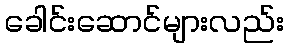
ခေါင်းဆောင်များလည်း